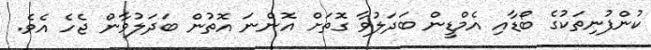
ކުންފުނިތަކުގެ ބޯޑާއި އެމްޑީން ބަދަލުވާ ގޮތަށް އޮންނަ އޮތުން ބަދަލުވާން ޖެހެ އެވެ.